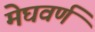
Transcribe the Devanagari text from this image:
मेघवर्ण